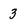
Character: 3